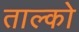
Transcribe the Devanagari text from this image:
ताल्को